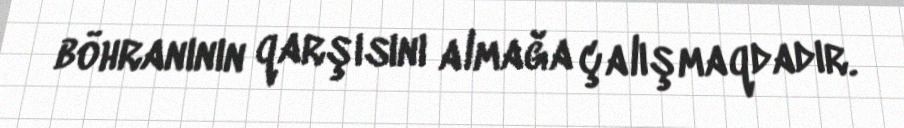
böhranının qarşısını almağa çalışmaqdadır.